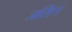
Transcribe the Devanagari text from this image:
जरिए।